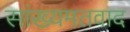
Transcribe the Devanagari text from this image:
सांख्यमतवाद